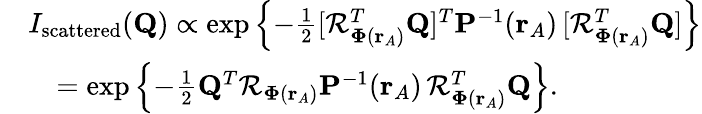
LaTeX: \begin{array}{rl}&{I_{\textrm{scattered}}(\mathbf{Q})\propto\exp\left\{ -\frac{1}{2}[\mathcal{R}_{\mathbf{\Phi}(\mathbf{r}_{A})}^{T}\mathbf{Q}]^{T}\mathbf{P}^{-1}(\mathbf{r}_{A})\, [\mathcal{R}_{\mathbf{\Phi}(\mathbf{r}_{A})}^{T}\mathbf{Q}]\right\} }\\ &{\quad=\exp\left\{ -\frac{1}{2}\mathbf{Q}^{T}\mathcal{R}_{\mathbf{\Phi}(\mathbf{r}_{A})}\mathbf{P}^{-1}(\mathbf{r}_{A})\, \mathcal{R}_{\mathbf{\Phi}(\mathbf{r}_{A})}^{T}\mathbf{Q}\right\} .}\end{array}